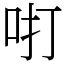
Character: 咑